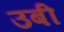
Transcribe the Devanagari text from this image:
उबी